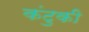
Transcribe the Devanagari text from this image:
कंटुकी